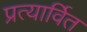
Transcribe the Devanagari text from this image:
प्रत्यार्वित